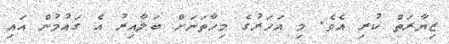
ޒިޔާރަތް ކުރި އެވެ. މި އަހަރުގެ މިހާތަނަށް ބަލާއިރު އެ ގައުމުން އައި